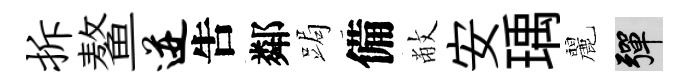
拆鳌迸吿鄰跼備敝安瑀麗彈